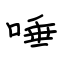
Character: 唾